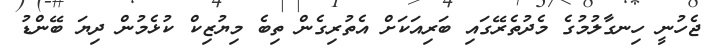
ޖެހުނީ ހިނގާލުމުގެ މެދުތެރޭގައި ބަރިއަކަށް އެތުރިގެން ތިބެ މިޔުޒިކް ކުޅެމުން ދިޔަ ބޭންޑު